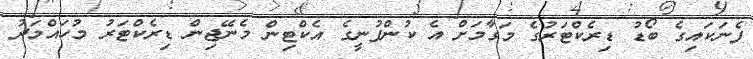
ފެނަކައިގެ ބޯޑު ޑިރެކްޓަރުގެ މަގާމަށް އެ ކުންފުނީގެ އެކްޓިން މެނޭޖިން ޑިރެކްޓަރު މުހައްމަދު